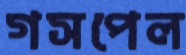
গসপেল